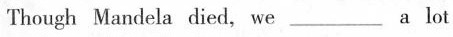
Though Mandela died, we ___ a lot